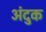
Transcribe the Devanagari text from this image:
अंदुक